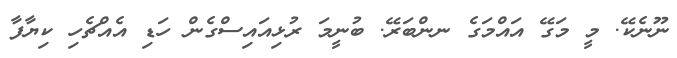
ނޫނެކޭ. މީ މަގޭ އައްމަގެ ނންބަރޭ. ބުނީމަ ރުޅިއައިސްގެން ހަޑި އެއްޗެހި ކިޔާފާ